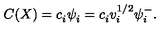
C ( X ) = c _ { i } ^ { } \psi _ { i } ^ { } = c _ { i } ^ { } v _ { i } ^ { 1 / 2 } \psi _ { i } ^ { - } .